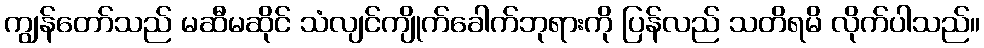
ကျွန်တော်သည် မဆီမဆိုင် သံလျင်ကျိုက်ခေါက်ဘုရားကို ပြန်လည် သတိရမိ လိုက်ပါသည်။